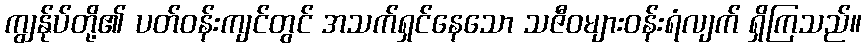
ကျွန်ုပ်တို့၏ ပတ်ဝန်းကျင်တွင် အသက်ရှင်နေသော သဇီဝများဝန်းရံလျက် ရှိကြသည်။